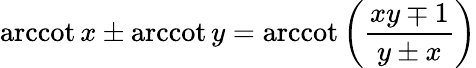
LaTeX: \operatorname{arccot}x\pm\operatorname{arccot}y=\operatorname{arccot}\left({\frac{xy\mp 1}{y\pm x}}\right)